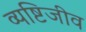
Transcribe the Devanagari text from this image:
व्यष्टिजीव